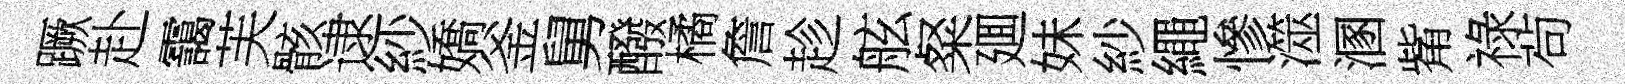
蹶赴靄芙骸逮紗嬌釜舅醱橘詹趁舷粲廽妹紗繩慘澨溷觜祿茍